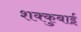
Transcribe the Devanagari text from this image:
शक्कुबाई